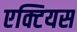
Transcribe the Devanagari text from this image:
एक्टियस